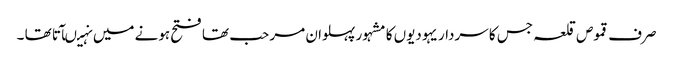
صرف قموص قلعہ جس کا سردار یہودیوں کا مشہور پہلوان مر حب تھا فتح ہونے میں نہیںآتا تھا ۔